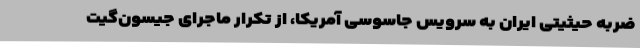
ضربه حیثیتی ایران به سرویس جاسوسی آمریکا، از تکرار ماجرای جیسون‌گیت